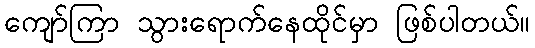
ကျော်ကြာ သွားရောက်နေထိုင်မှာ ဖြစ်ပါတယ်။